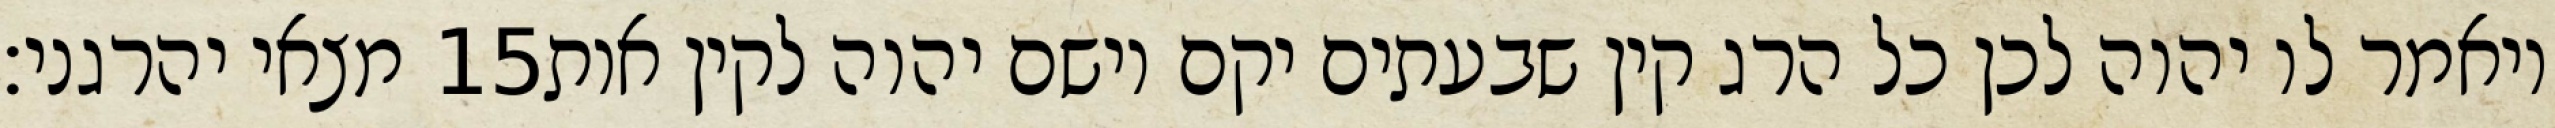
מצאי יהרגני׃ ‎15‏ ויאמר לו יהוה לכן כל הרג קין שבעתים יקם וישם יהוה לקין אות